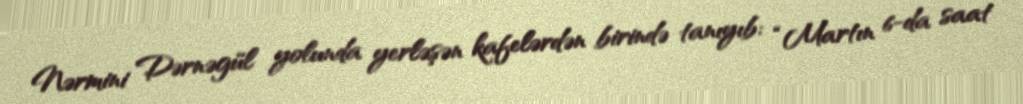
Nərmini Dərnəgül yolunda yerləşən kafelərdən birində tanıyıb: “Martın 6-da saat